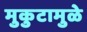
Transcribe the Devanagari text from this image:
मुकुटामुळे